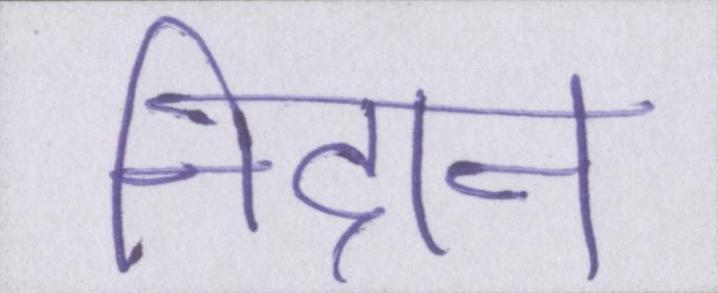
निदान